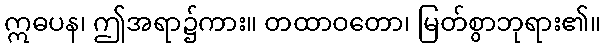
ဣဓပန၊ ဤအရာ၌ကား။ တထာဝတော၊ မြတ်စွာဘုရား၏။